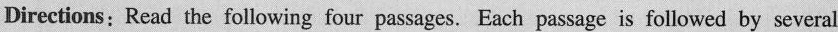
Directions;Read the following four passages. Each passage is followed by several antibiotics, steroids,hormones,antioxidants,plasticizers, &nd various solvents. They found 82 of them. Nearly 80 percent of the streants showed one or more of the contaminants. On average, the streams contained seven. Even the good news, that the most frequently detccted contaminants like fecal steroids, cholesterol, insect repellent,caffeine,disinfectant,dire retardant,and detergents were found in generally low concentrations,had to be qualified. Many of those compounds have no guidelines for safe amounts, and little is known about the effects of chronic exposure or the interactive effects of compounds that have been detected together. In a relatcd Environmental Protection Agency study that is still in progress,a team of scientists at the Jobns Hopkins Whiting School of Eng neering is using gas chromatography and . nass spectromeury to detect the presence of variona anticonvulsants and anticanccr drugs in drinking water. Led by Lynn Roberts and Ed Bouwer, they are to track samples at sewage treatment facilities in Massachusctts and Maryland to determine in what quantities chemicals are getting through the wastc-treatment plants and the extent to which they may be accurnulating in coastal water. The goal of both rescarch teams is to provide a baseline of what organic compounds are in the watcr,in what quantities,and how they are getting there-key steps toward ensuring that the water we drink isn't killing us. ( )16. The second sentcnce of the first paragraph," We have lived through.…. Off a dog",intends to say that _A.many rivers and crecks have been excessively polluted B.our lives depend on fla ming rivers and caustic creeks C. we cannot prevent rivers and creeks from being hounded D.people cannot live without the supply of water from rivers and creeks ( )17.According to this passage,two rescarch teams _A.have derermined the full range of contaminants in the water supply B.have ascertained the geographic extent of the water pollution C. have developed new methods to measure water contaminants D.have succeeded in preventing drinking water from being polluted ( )18. Which of the following statements is true? A.Altogether 95 different contaminants have been fourd in streams. B.80% of the streams surveyed contains only the familiar contaminants. C. The most frequently detected contaminants are usually in low concensrations. D. The average number of contaminants in the streams surveyed is seven. ( )19. The two research teanms mentioned in the passage endeavor _A.to track samples at more sewage-treatment facilitics B.to determine latent chemical dangers in the water amount of any drug found in drinking water C. to measure the exact of contaminants in freshwater streams D. to find out the precise n